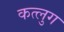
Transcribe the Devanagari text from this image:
कत्लुग